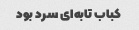
کباب تابه‌ای سرد بود